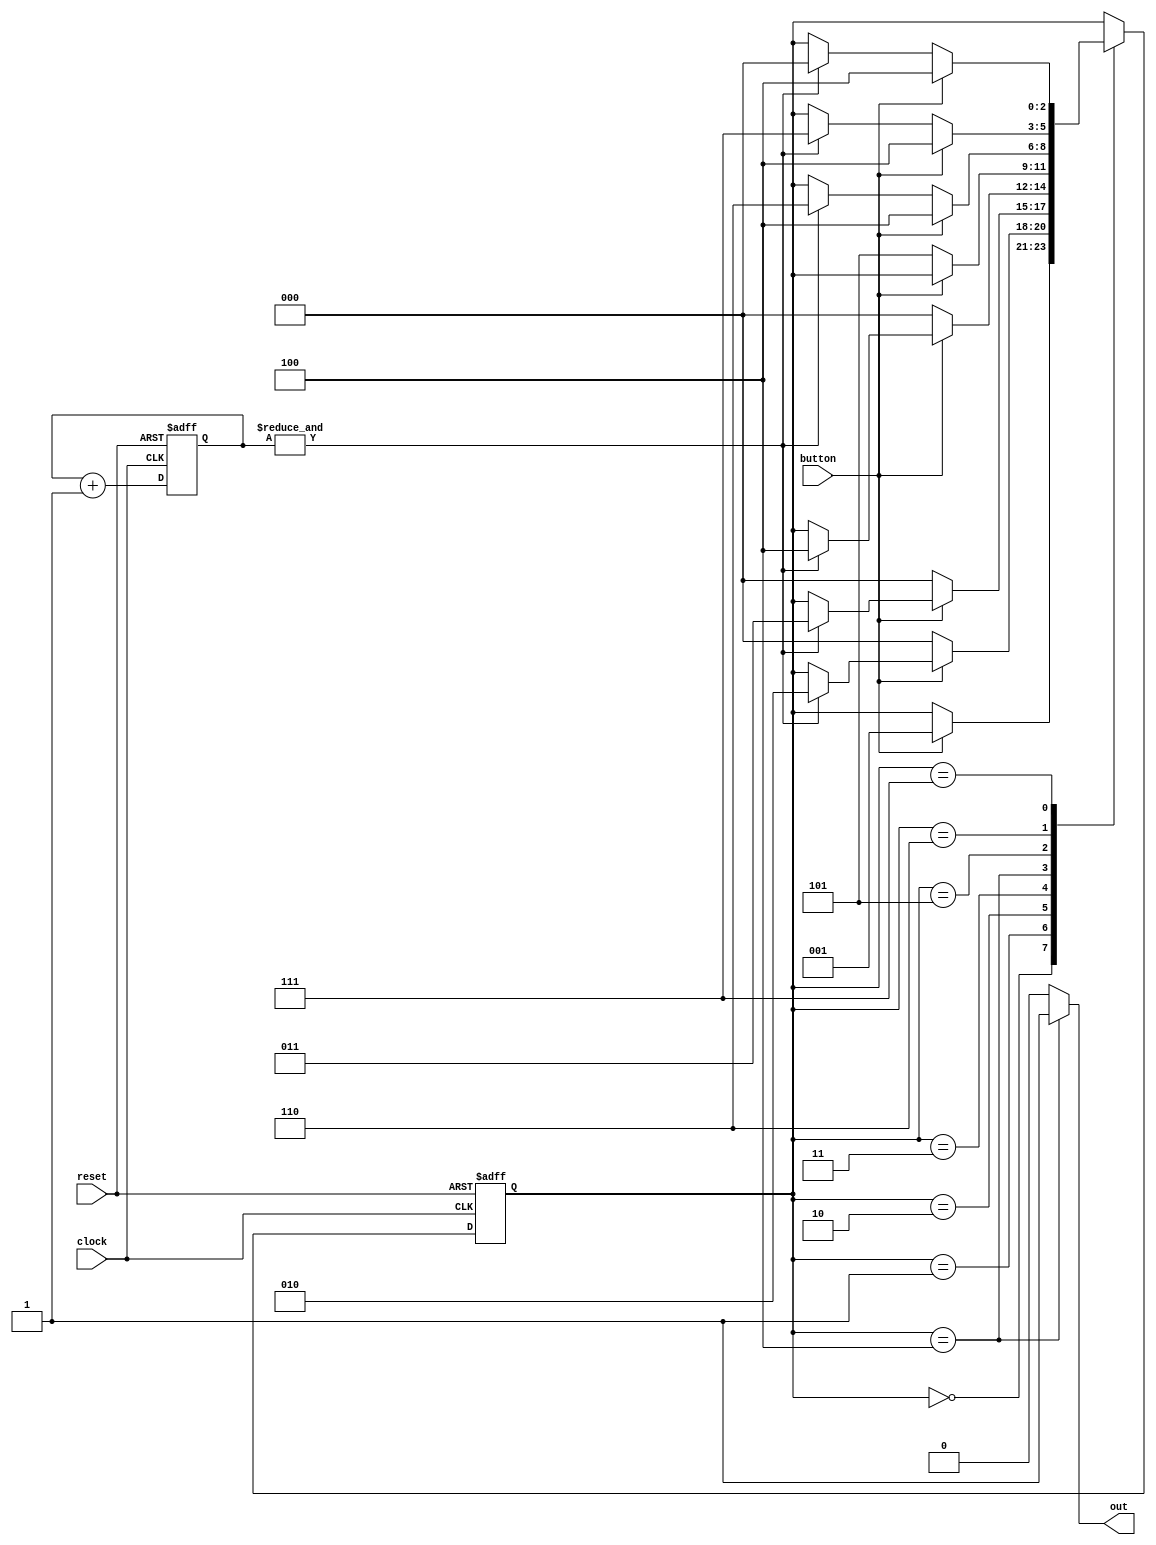
module DeBounce(
    input clock,
    input reset,
    input button,
    output reg out
    );
 
localparam N = 2;        //for a 10ms tick
 
reg [N-1:0]count;
wire tick;
 
 
// the counter that will generate the tick.
 
always @ (posedge clock or posedge reset)
    begin
        if(reset)
            count <= 0;
        else
            count <= count + 1;        
    end
     
assign tick = &count;        //AND every bit of count with itself. Tick will only go high when all 19 bits of count are 1, i.e. after 10ms
 
// now for the debouncing FSM
 
localparam[2:0]                     //defining the various states to be used
                zero = 3'b000, 
                high1 = 3'b001,
                high2 = 3'b010,
                high3 = 3'b011,
                one = 3'b100,
                low1 = 3'b101,
                low2 = 3'b110,
                low3 = 3'b111;
 
reg [2:0]state_reg;
reg [2:0]state_next;
                 
always @ (posedge clock or posedge reset)      
    begin
        if (reset)
            state_reg <= zero;
        else
            state_reg <= state_next;
    end
     
 
always @ (*)
    begin
        state_next <= state_reg;  // to make the current state the default state
        out <= 1'b0;                    // default output low
         
        case(state_reg)
            zero:
                if (button)                    //if button is detected go to next state high1
                    state_next <= high1;
            high1:
                if (~button)                //while here if button goes back to zero then input is not yet stable and go back to state zero
                    state_next <= zero;
                else if (tick)                //but if button remains high even after 10 ms, go to next state high2.
                    state_next <= high2;
            high2:
                if (~button)                //while here if button goes back to zero then input is not yet stable and go back to state zero
                    state_next <= zero;
                else if (tick)                //else if after 20ms (10ms + 10ms) button is still high go to high3
                    state_next <= high3;
            high3:
                if (~button)                //while here if button goes back to zero then input is not yet stable and go back to state zero
                    state_next <= zero;
                else if (tick)                //and finally even after 30 ms input stays high then it is stable enough to be considered a valid input, go to state one
                    state_next <= one;
             
            one:                                //debouncing eliminated make output high, now here I'll check for bouncing when button is released
                begin
                    out <= 1'b1;
                        if (~button)        //if button appears to be released go to next state low1
                            state_next <=  low1;
                end
            low1:
                if (button)                //while here if button goes back to high then input is not yet stable and go back to state one
                    state_next <= one;
                else if (tick)            //else if after 10ms it is still high go to next state low2
                    state_next <= low2;
            low2:
                if (button)                //while here if button goes back to high then input is not yet stable and go back to state one
                    state_next <= one;
                else if (tick)            //else if after 20ms it is still high go to next state low3
                    state_next <= low3;
            low3:
                if (button)                //while here if button goes back to high then input is not yet stable and go back to state one
                    state_next <= one;
                else if (tick)            //after 30 ms if button is low it has actually been released and bouncing eliminated, go back to zero state to wait for next input.
                    state_next <= zero;
            default state_next <= zero;
             
        endcase
    end
 
endmodule